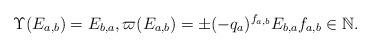
LaTeX: \begin{align*}\Upsilon(E_{a,b})=E_{b,a},\varpi(E_{a,b})=\pm(-q_a)^{f_{a,b}}E_{b,a}f_{a,b}\in\mathbb N.\end{align*}